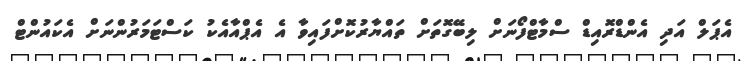
އެޕަލް އަދި އެންޑްރޮއިޑް ސްމާޓްފޯނަށް ލިބޭގޮތަށް ތައްޔާރުކޮށްފައިވާ އެ އެޕްއާއެކު ކަސްޓަމަރުންނަށް އެކައުންޓް